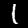
Digit: 1